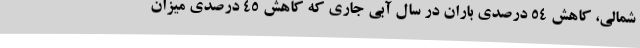
شمالی، کاهش ۵۴ درصدی باران در سال آبی جاری که کاهش ۴۵ درصدی میزان